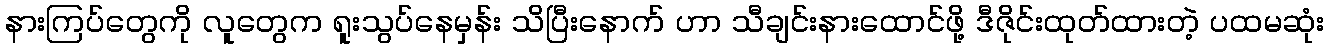
နားကြပ်တွေကို လူတွေက ရူးသွပ်နေမှန်း သိပြီးနောက် ဟာ သီချင်းနားထောင်ဖို့ ဒီဇိုင်းထုတ်ထားတဲ့ ပထမဆုံး